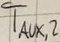
Text: TAUX,2